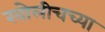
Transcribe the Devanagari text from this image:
खोलीचच्या